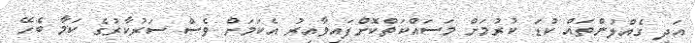
އަދި ގެއްލުންތައް ކުޑަ ކުރުމަށް މަސައްކަތްކޮށްފައިވާއިރު އެކަމަށް ވެސް ސަރުކާރުގެ ކަމާ ބެހޭ